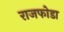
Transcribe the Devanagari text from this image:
राजफोडा